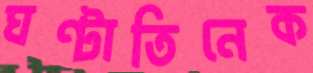
ঘণ্টাতিনেক